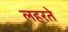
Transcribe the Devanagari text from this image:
लहरते